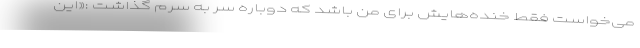
می‌خواست فقط خنده‌هایش برای من باشد که دوباره سر به سرم گذاشت :«این